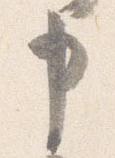
申